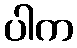
ပါက